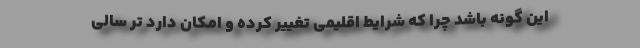
این گونه باشد چرا که شرایط اقلیمی تغییر کرده و امکان دارد تر سالی